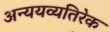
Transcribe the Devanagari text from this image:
अन्ययव्यतिरेक